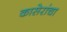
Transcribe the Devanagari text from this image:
कासेरांचा